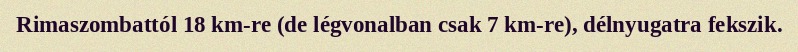
Rimaszombattól 18 km-re (de légvonalban csak 7 km-re), délnyugatra fekszik.